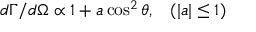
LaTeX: d \Gamma / d \Omega \propto 1 + a \cos ^ { 2 } \theta , \; \; \; ( | a | \leq 1 )